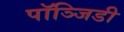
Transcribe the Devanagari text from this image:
पॉञ्जिडी